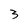
Character: 3